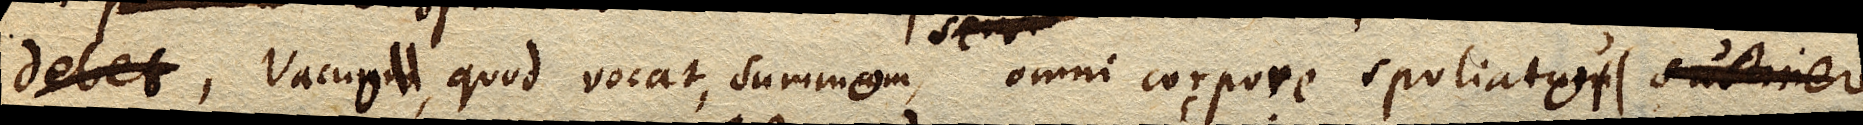
vacuo, quod vocat, summo omni corpore spoliato